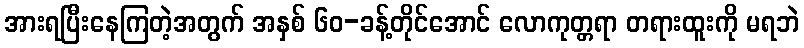
အားရပြီးနေကြတဲ့အတွက် အနှစ် ၆၀-ခန့်တိုင်အောင် လောကုတ္တရာ တရားထူးကို မရဘဲ